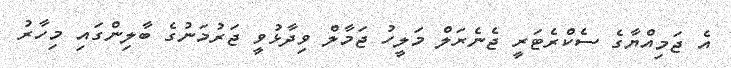
އެ ޖަމިއްޔާގެ ސެކްރެޓަރީ ޖެނެރަލް މަލީހު ޖަމާލް ވިދާޅުވީ ޖަރުމަނުގެ ބާލިންގައި މިހާރު